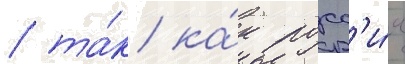
/ та́к ка́к росс'и́я